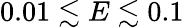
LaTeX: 0.01\lesssim E\lesssim 0.1